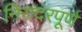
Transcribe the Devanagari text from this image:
निरादरपूर्ण